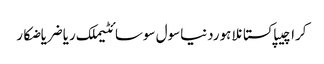
کراچیپاکستانلاہوردنیاسول سوسائٹیملک ریاضریاضکار